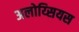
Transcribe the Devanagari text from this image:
अलोय्सियस